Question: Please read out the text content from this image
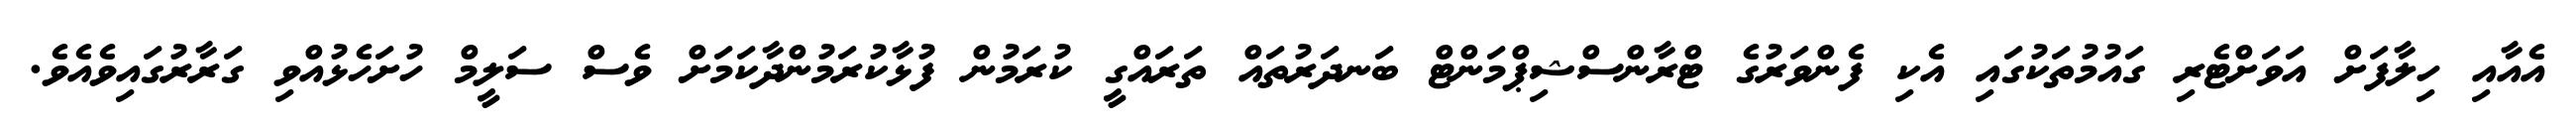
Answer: އެއާއި ހިލާފަށް އަވަށްޓެރި ގައުމުތަކުގައި އެކި ފެންވަރުގެ ޓްރާންސްޝިޕްމަންޓް ބަނދަރުތައް ތަރައްގީ ކުރަމުން ފުޅާކުރަމުންދާކަމަށް ވެސް ސަލީމް ހުށަހެޅުއްވި ގަރާރުގައިވެއެވެ.